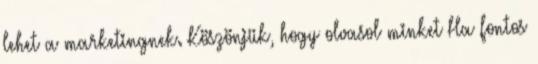
lehet a marketingnek. Köszönjük, hogy olvasol minket Ha fontos